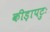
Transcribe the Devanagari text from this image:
कीड़ापटुः